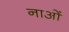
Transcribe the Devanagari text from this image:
नाओं